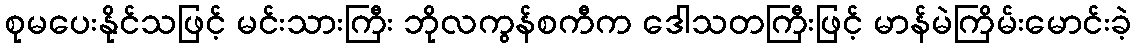
စုမပေးနိုင်သဖြင့် မင်းသားကြီး ဘိုလကွန်စကီက ဒေါသတကြီးဖြင့် မာန်မဲကြိမ်းမောင်းခဲ့